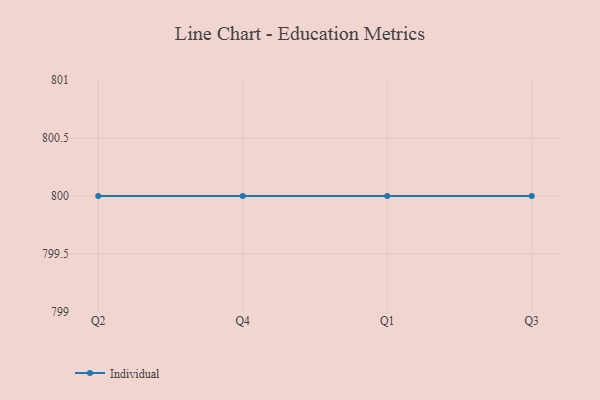
{"axis": {"x": "Quarter", "y": "Market Share (%)"}, "legend": ["Individual"], "data": [{"x": "Q2", "y": 800, "type": "Individual"}, {"x": "Q4", "y": 800, "type": "Individual"}, {"x": "Q1", "y": 800, "type": "Individual"}, {"x": "Q3", "y": 800, "type": "Individual"}]}